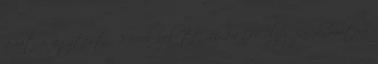
amatőr, agytestű 2 évvel ezelőtt 46:24 HClips párok, mature